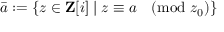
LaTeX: { \bar { a } } : = \left\{ z \in \mathbf { Z } [ i ] \mid z \equiv a { \pmod { z _ { 0 } } } \right\}